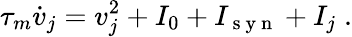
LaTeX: \tau_{m}\dot{v}_{j}=v_{j}^{2}+I_{0}+I_{\mathrm{~s~y~n~}}+I_{j}\; .